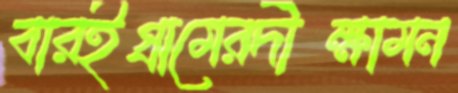
বারইগ্রামেরদীক্ষামন